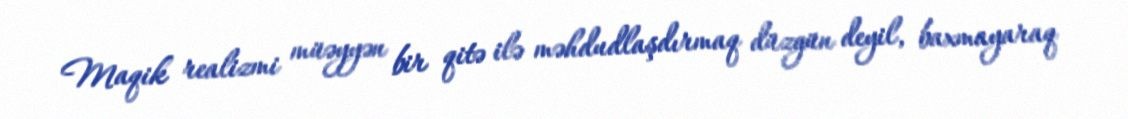
Maqik realizmi müəyyən bir qitə ilə məhdudlaşdırmaq düzgün deyil, baxmayaraq